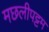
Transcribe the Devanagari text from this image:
मछलीपट्टम